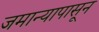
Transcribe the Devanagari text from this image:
जमान्यापासून